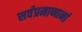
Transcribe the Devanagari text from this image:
सर्वप्रमाणानां